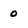
Character: 0